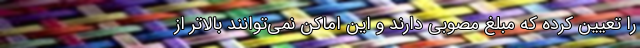
را تعیین کرده که مبلغ مصوبی دارند و این اماکن نمی‌توانند بالاتر از